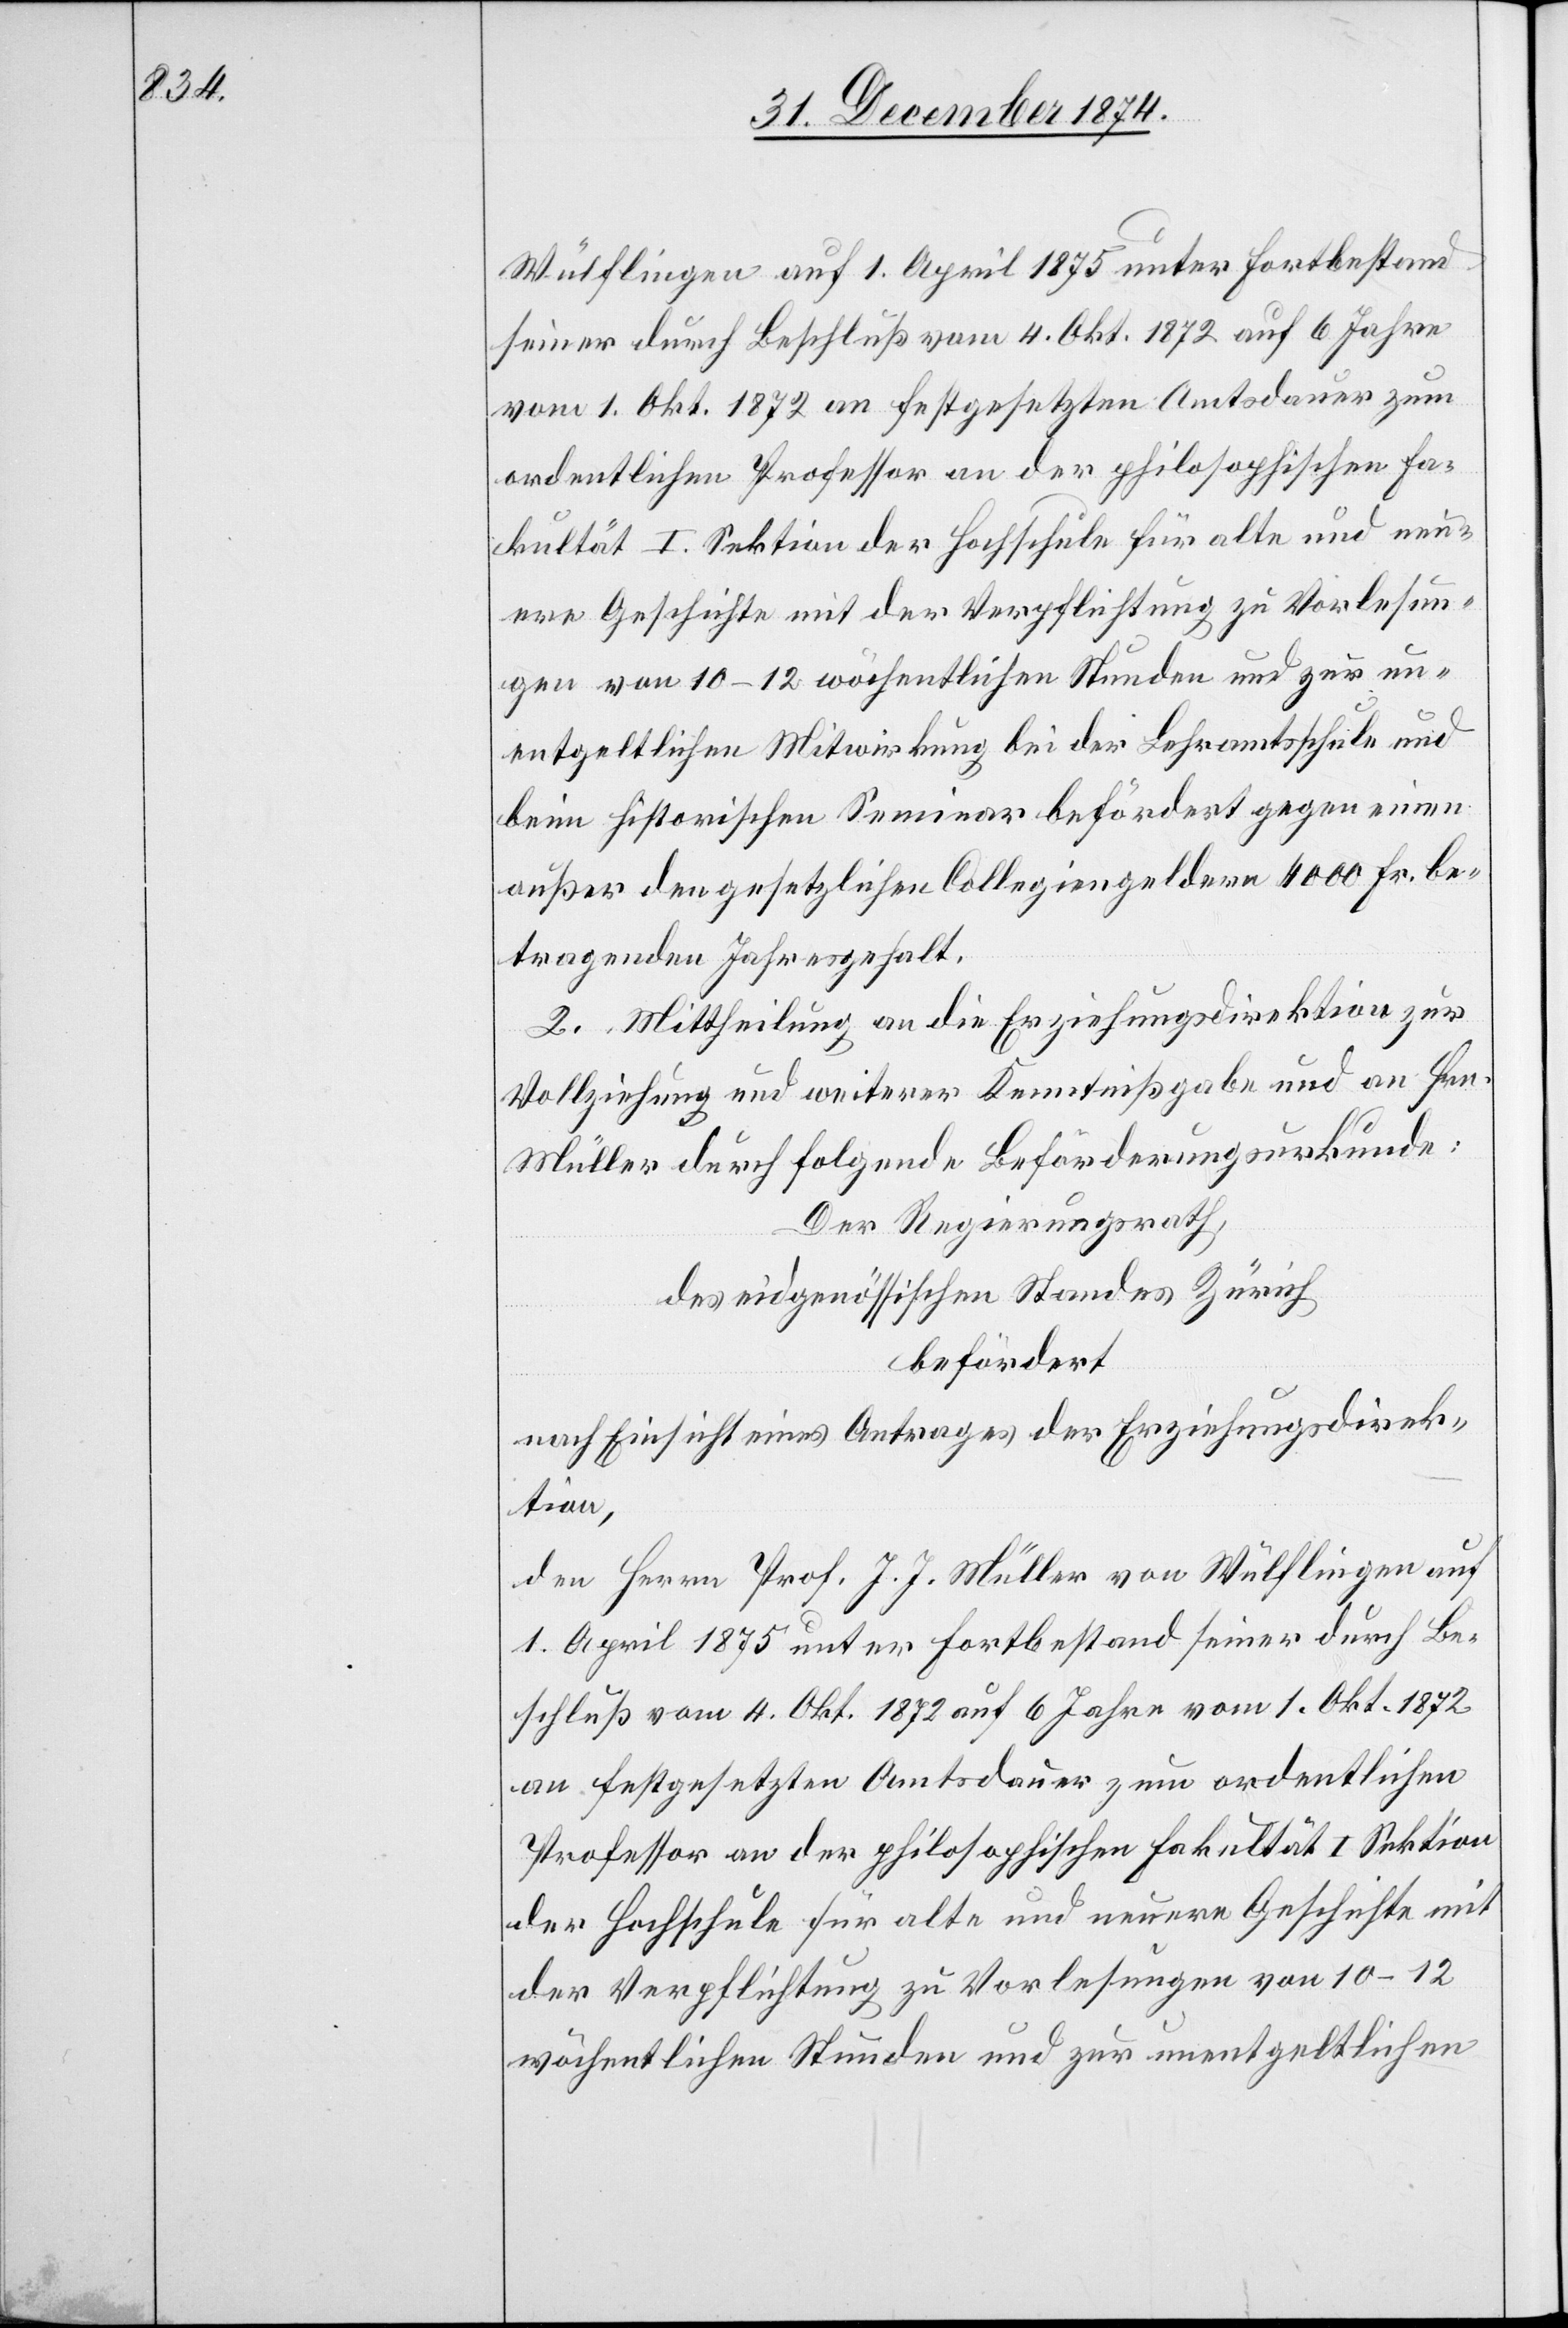
Wülflingen auf 1. April 1874 unter Fortbestand
seiner durch Beschluß vom 4. Okt. 1872 auf 6 Jahre
vom 1. Okt. 1872 an festgesetzten Amtsdauer zum
ordentlichen Professor an der philosophischen Fa¬
kultät I. Sektion der Hochschule für alte und neu¬
ere Geschichte mit der Verpflichtung zu Vorlesun¬
gen von 10–12 wöchentlichen Stunden und zur un¬
entgeltlichen Mitwirkung bei der Lehramtsschule und
beim historischen Seminar befördert gegen einen
außer den gesetzlichen Collegiengeldern 4000 Fr. be¬
tragenden Jahresgehalt.
2. Mittheilung an die Erziehungsdirektion zur
Vollziehung und weiterer Kenntnißgabe und an Hrn.
Müller durch folgende Beförderungsurkunde:
Der Regierungsrath,
des eidgenössischen Standes Zürich
befördert
nach Einsicht eines Antrages der Erziehungsdirek¬
tion,
den Herrn Prof. J. J. Müller von Wülflingen auf
1. April 1875 unter Fortbestand seiner durch Be¬
schluß vom 4. Okt. 1872 auf 6 Jahre vom 1. Okt. 1872
an festgesetzten Amtsdauer zum ordentlichen
Professor an der philosophischen Fakultät I. Sektion
der Hochschule für alte und neuere Geschichte mit
der Verpflichtung zu Vorlesungen von 10–12
wöchentlichen Stunden und zur unentgeltlichen